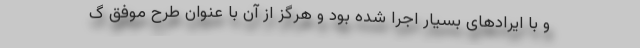
و با ایرادهای بسیار اجرا شده بود و هرگز از آن با عنوان طرح موفق گ